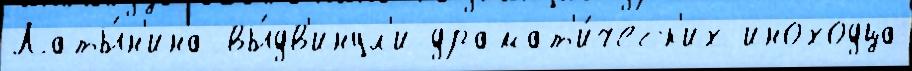
Латы́н'ина вы́дв'инул'и драмат'и́ческ'их иноходца